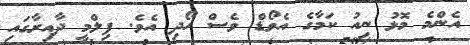
އެންމެ މޮޅު ނިއު ކަމާގެ އެވޯޑް ވެސް ހޯދި އެވެ. ފިލްމީ ދާއިރާގައި